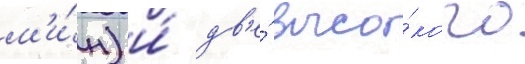
м'и́н) и́ дв'е́ высо́кого